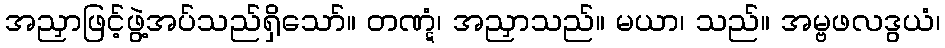
အညှာဖြင့်ဖွဲ့အပ်သည်ရှိသော်။ တဏ္ဋံ၊ အညှာသည်။ မယာ၊ သည်။ အမ္ဗဖလဒွယံ၊